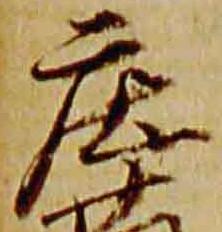
庄